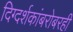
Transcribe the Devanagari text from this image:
दिग्दर्शकांबरोबरही